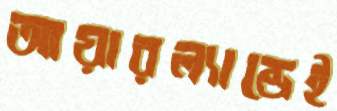
আয়ারল্যান্ডেই